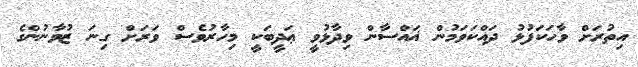
އިތުރަށް ވާހަކަފުޅު ދައްކަވަމުން ޣައްސާން ވިދާޅުވީ ޢަދީބަކީ މިހާރުވެސް ވަރަށް ގިނަ ޒުވާނުންގެ